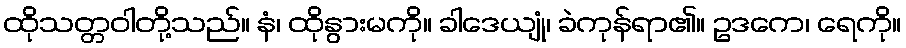
ထိုသတ္တဝါတို့သည်။ နံ၊ ထိုနွားမကို။ ခါဒေယျုံ၊ ခဲကုန်ရာ၏။ ဥဒကေ၊ ရေကို။